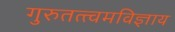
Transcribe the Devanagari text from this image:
गुरुतत्त्वमविज्ञाय